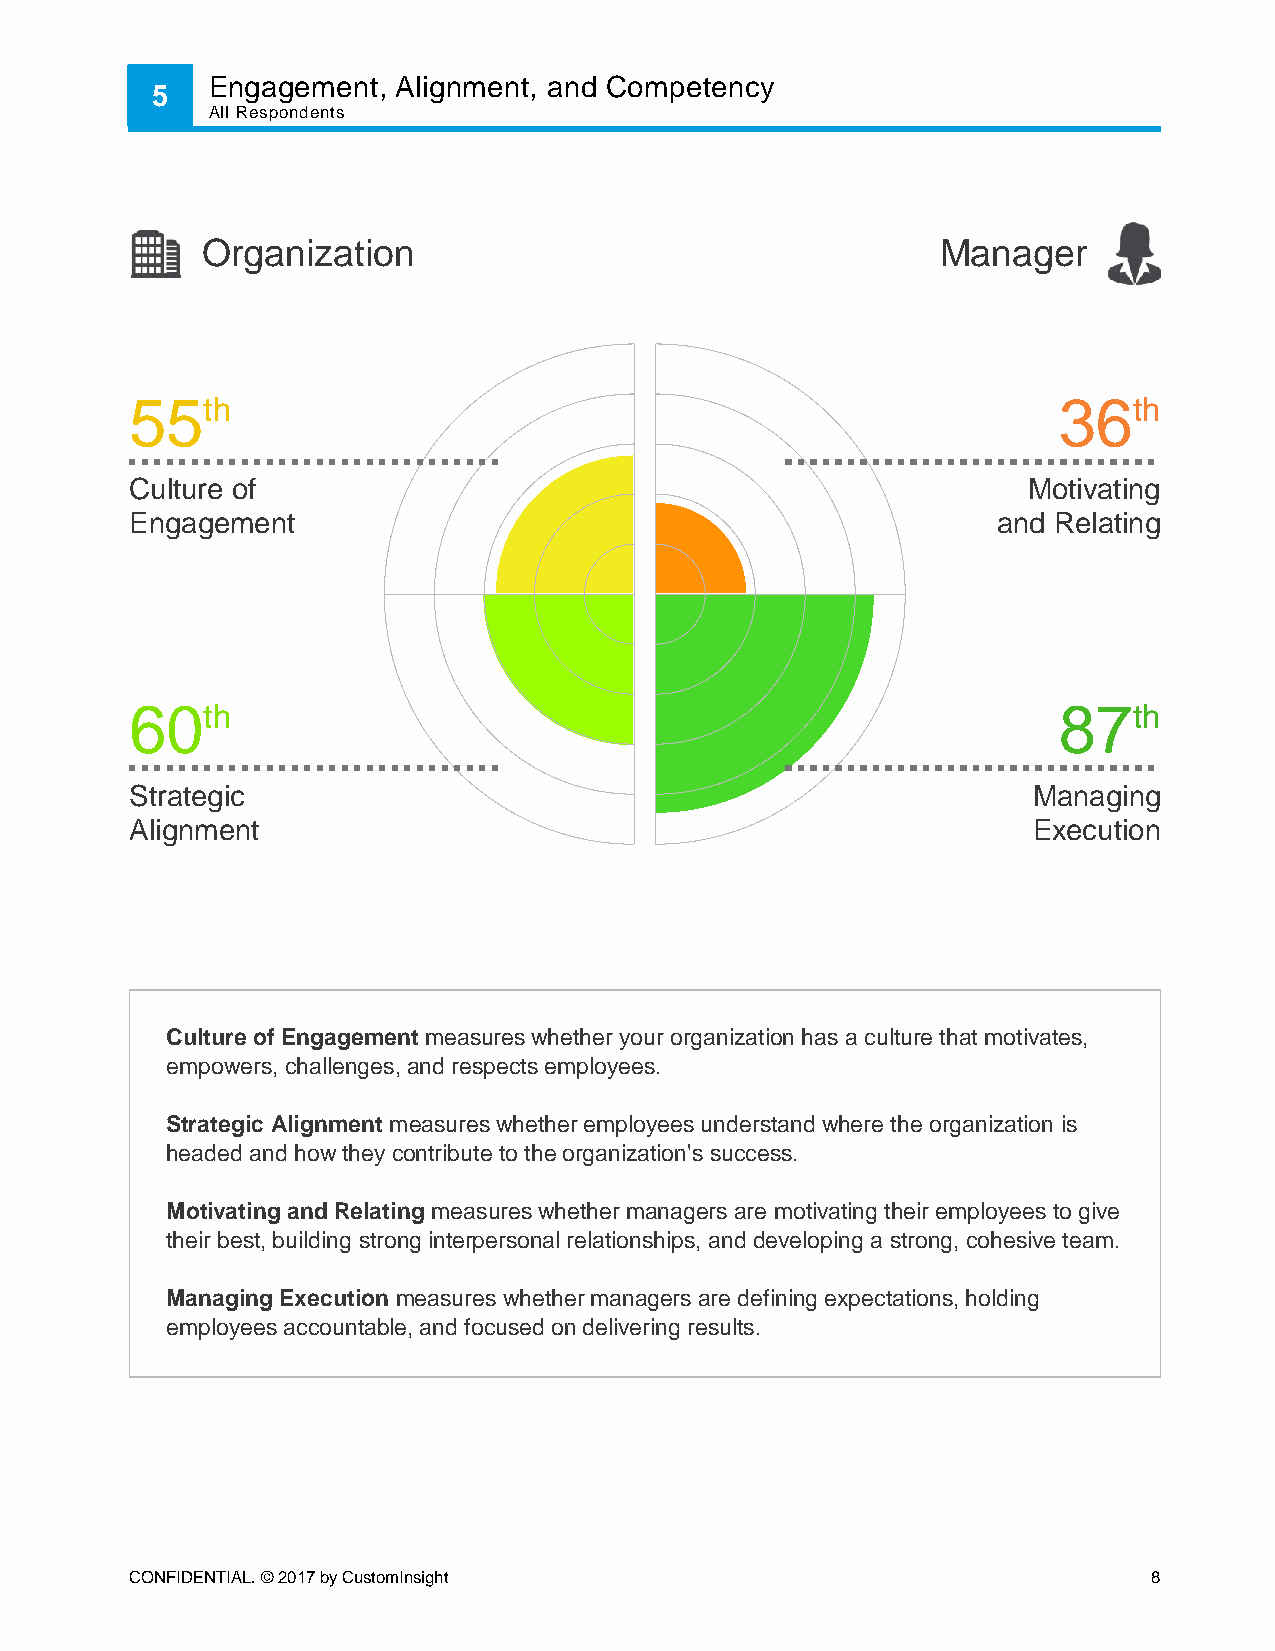
Engagement, Alignment, and Competency
 5
 All Respondents
 Organization                                     Manager
 55th                                                         36th
 Culture of                                                 Motivating
 Engagement                                               and Relating
 60th                                                         87th
 Strategic                                                  Managing
 Alignment                                                  Execution
 Culture of Engagement measures whether your organization has a culture that motivates,
 empowers, challenges, and respects employees.
 Strategic Alignment measures whether employees understand where the organization is
 headed and how they contribute to the organization's success.
 Motivating and Relating measures whether managers are motivating their employees to give
 their best, building strong interpersonal relationships, and developing a strong, cohesive team.
 Managing Execution measures whether managers are defining expectations, holding
 employees accountable, and focused on delivering results.
 CONFIDENTIAL. © 2017 by CustomInsight                              8